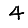
Digit: 4